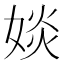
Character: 婒